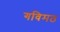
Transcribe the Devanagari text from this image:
गविमठ